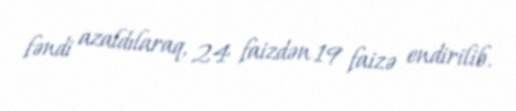
fəndi azaldılaraq, 24 faizdən 19 faizə endirilib.